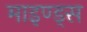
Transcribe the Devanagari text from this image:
माइण्ड्स